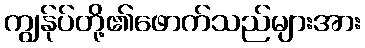
ကျွန်ုပ်တို့၏ဖောက်သည်များအား